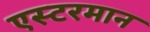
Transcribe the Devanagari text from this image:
एस्टरमान